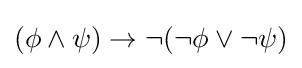
(\phi \land \psi )\to \neg (\neg \phi \lor \neg \psi )